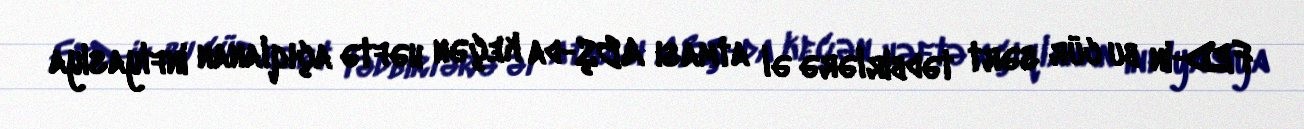
FED-in bu cür sərt tədbirlərə əl atması ABŞ-da keçən həftə açıqlanan inflyasiya